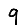
Digit: 9